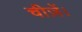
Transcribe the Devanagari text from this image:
चीज़ें।